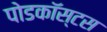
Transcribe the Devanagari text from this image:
पोडकॉस्टस